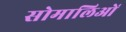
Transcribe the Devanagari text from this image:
सोमालिओं